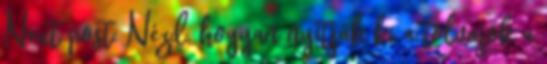
Next post: Nézd, hogyan nyitják ki a tolvajok a